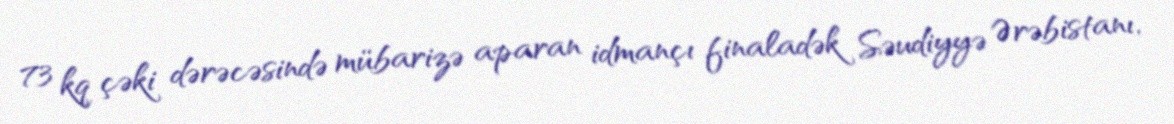
73 kq çəki dərəcəsində mübarizə aparan idmançı finaladək Səudiyyə Ərəbistanı,